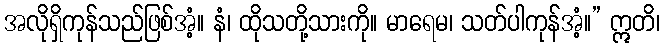
အလိုရှိကုန်သည်ဖြစ်အံ့။ နံ၊ ထိုသတို့သားကို။ မာရေမ၊ သတ်ပါကုန်အံ့။” ဣတိ၊